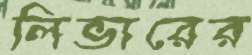
লিভারের